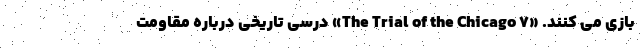
بازی می کنند. «The Trial of the Chicago 7» درسی تاریخی درباره مقاومت